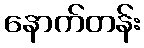
နောက်တန်း